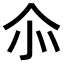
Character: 𠇍